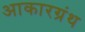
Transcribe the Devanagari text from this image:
आकारग्रंथ